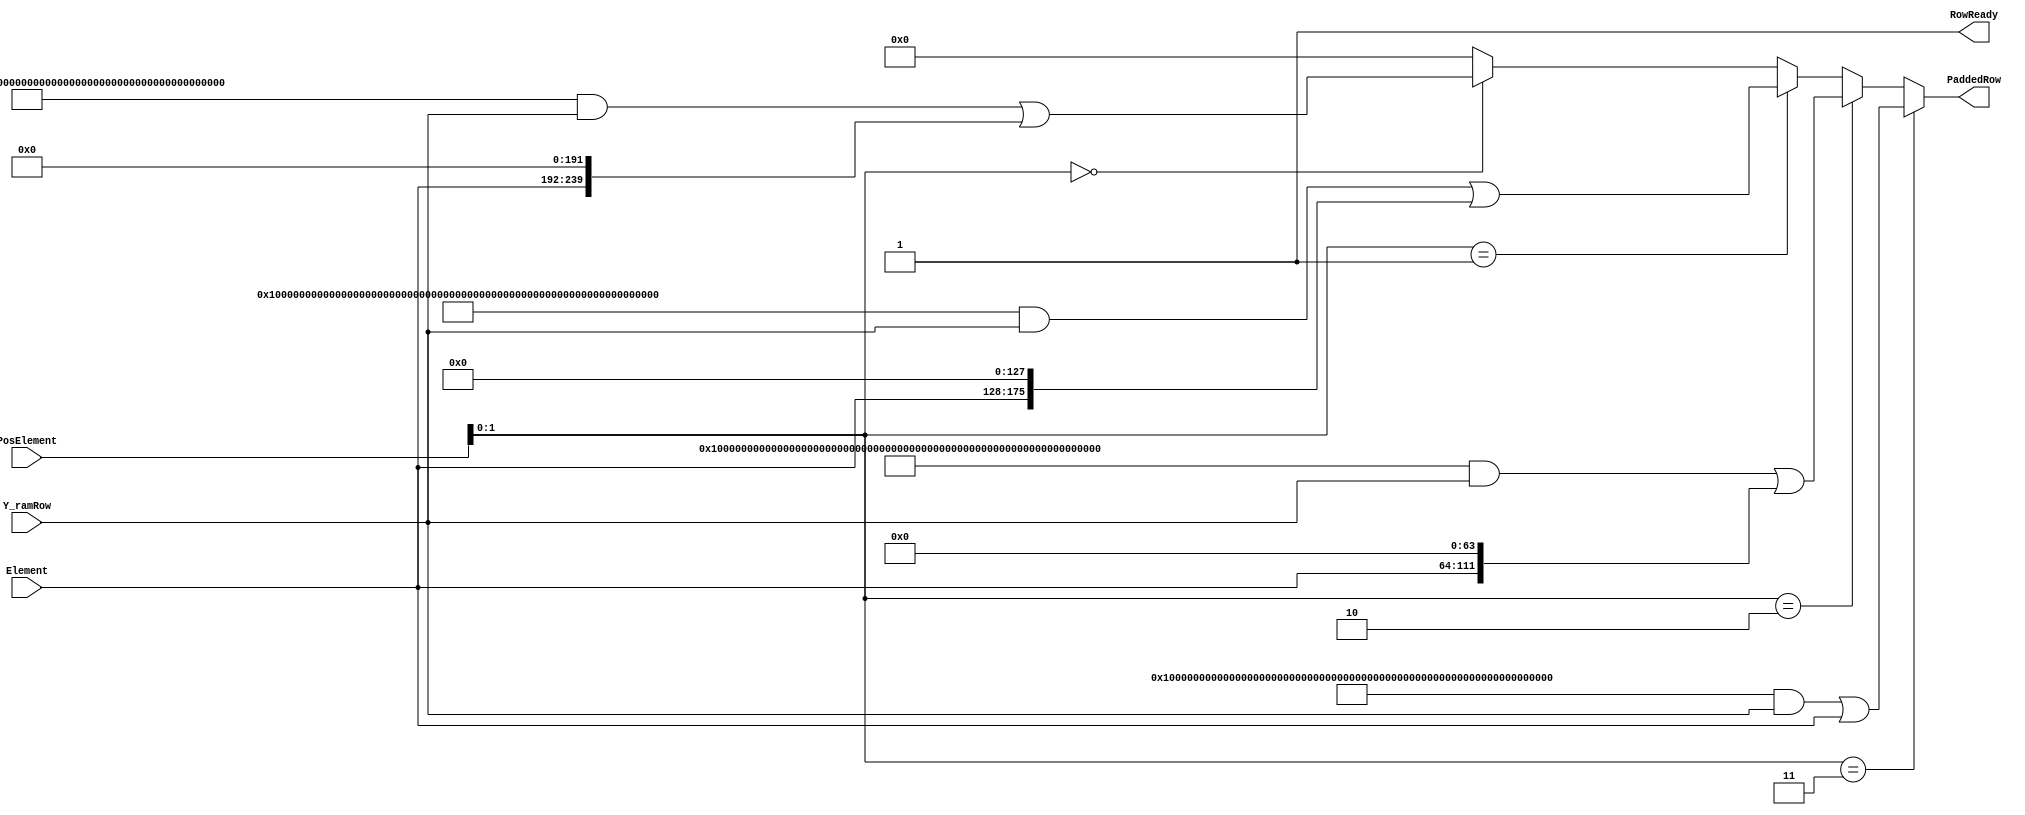
module pad_3 (Element, PosElement, Y_ramRow, PaddedRow, RowReady);

input [47:0]  Element;
input [12:0]  PosElement;
input [255:0] Y_ramRow;

output [255:0] PaddedRow;
output         RowReady;

reg         RowReady;
reg [255:0] Buffer1;
reg [239:0] Buffer2;
reg [255:0] PaddedRow;


always@(*)
begin
	RowReady = 1'b1;
	Buffer1 = 256'h0;
	Buffer2 = 240'h0;
	PaddedRow = 256'h0;
	if (PosElement[1:0] == 2'b00)
	begin
		Buffer1 = (256'hffff000000000000ffffffffffffffffffffffffffffffffffffffffffffffff)&Y_ramRow;
		Buffer2 = Element << 8'd192;
		PaddedRow = Buffer1|Buffer2;			
	end

	if (PosElement[1:0] == 2'b01)
	begin
		Buffer1 = (256'hffffffffffffffffffff000000000000ffffffffffffffffffffffffffffffff)&Y_ramRow;
		Buffer2 = Element << 8'd128;
		PaddedRow = Buffer1|Buffer2;
	end
	
	if (PosElement[1:0] == 2'b10)
	begin
		Buffer1 = (256'hffffffffffffffffffffffffffffffffffff000000000000ffffffffffffffff)&Y_ramRow;
		Buffer2 = Element << 8'd64;
		PaddedRow = Buffer1|Buffer2;
	end
	
	if (PosElement[1:0] == 2'b11)
	begin
		Buffer1 = (256'hffffffffffffffffffffffffffffffffffffffffffffffffffff000000000000)&Y_ramRow;
		PaddedRow = Buffer1|Element;
	end
end

endmodule